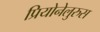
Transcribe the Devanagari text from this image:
प्रियोनेलुरुस